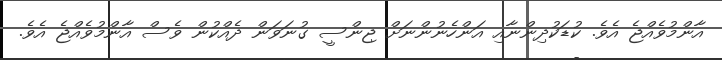
އާންމުވެއްޖެ އެވެ. ކުޑަކުދިންނާއި އަންހެނުންނަށް ޖިންސީ ގުނަވަން ދެއްކުން ވެސް އާންމުވެއްޖެ އެވެ.